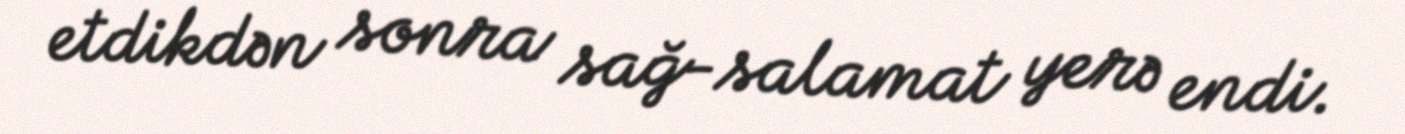
etdikdən sonra sağ-salamat yerə endi.